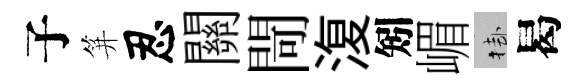
子笄忍關閜𣸪矧嵋挂曷